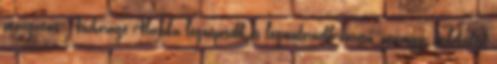
utazgatás. Anchorage Alaszka legnépesebb és legmodernebb városa, pénzügyi, közlekedési